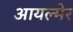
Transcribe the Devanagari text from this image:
आयल्मेर